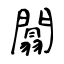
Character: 闒